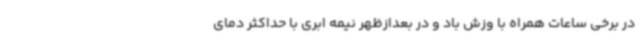
در برخی ساعات همراه با وزش باد و در بعدازظهر نیمه ابری با حداکثر دمای